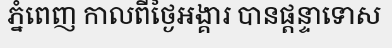
ភ្នំពេញ កាលពីថ្ងៃអង្គារ បានផ្តន្ទាទោស